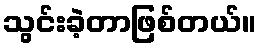
သွင်းခဲ့တာဖြစ်တယ်။